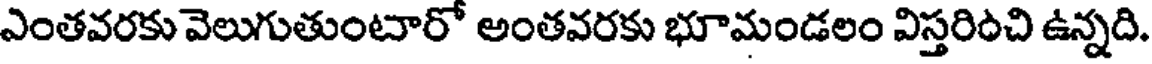
ఎంతవరకు వెలుగుతుంటారో అంతవరకు భూమండలం విస్తరించి ఉన్నది.